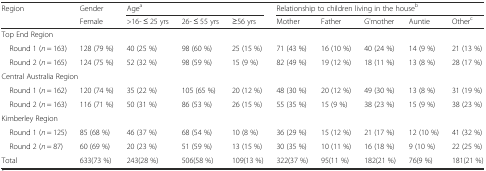
<table><thead><tr><td rowspan="2"><b>Region</b></td><td><b>Gender</b></td><td colspan="3"><b>Age<sup>a</sup></b></td><td colspan="5"><b>Relationship to children living in the house<sup>b</sup></b></td></tr><tr><td><b>Female</b></td><td><b>&gt;16- ≤ 25 yrs</b></td><td><b>26- ≤ 55 yrs</b></td><td><b>≥56 yrs</b></td><td><b>Mother</b></td><td><b>Father</b></td><td><b>G&#x27;mother</b></td><td><b>Auntie</b></td><td><b>Other<sup>c</sup></b></td></tr></thead><tbody><tr><td colspan="10">Top End Region</td></tr><tr><td> Round 1 (<i>n</i> = 163)</td><td>128 (79 %)</td><td>40 (25 %)</td><td>98 (60 %)</td><td>25 (15 %)</td><td>71 (43 %)</td><td>16 (10 %)</td><td>40 (24 %)</td><td>14 (9 %)</td><td>21 (13 %)</td></tr><tr><td> Round 2 (<i>n</i> = 165)</td><td>124 (75 %)</td><td>52 (32 %)</td><td>98 (59 %)</td><td>15 (9 %)</td><td>82 (49 %)</td><td>19 (12 %)</td><td>18 (11 %)</td><td>13 (8 %)</td><td>28 (17 %)</td></tr><tr><td colspan="10">Central Australia Region</td></tr><tr><td> Round 1 (<i>n</i> = 162)</td><td>120 (74 %)</td><td>35 (22 %)</td><td>105 (65 %)</td><td>20 (12 %)</td><td>48 (30 %)</td><td>20 (12 %)</td><td>49 (30 %)</td><td>13 (8 %)</td><td>31 (19 %)</td></tr><tr><td> Round 2 (<i>n</i> = 163)</td><td>116 (71 %)</td><td>50 (31 %)</td><td>86 (53 %)</td><td>26 (15 %)</td><td>55 (35 %)</td><td>15 (9 %)</td><td>38 (23 %)</td><td>15 (9 %)</td><td>38 (23 %)</td></tr><tr><td colspan="10">Kimberley Region</td></tr><tr><td> Round 1 (<i>n</i> = 125)</td><td>85 (68 %)</td><td>46 (37 %)</td><td>68 (54 %)</td><td>10 (8 %)</td><td>36 (29 %)</td><td>15 (12 %)</td><td>21 (17 %)</td><td>12 (10 %)</td><td>41 (32 %)</td></tr><tr><td> Round 2 (<i>n</i> = 87)</td><td>60 (69 %)</td><td>20 (23 %)</td><td>51 (59 %)</td><td>13 (15 %)</td><td>30 (35 %)</td><td>10 (11 %)</td><td>16 (18 %)</td><td>9 (10 %)</td><td>22 (25 %)</td></tr><tr><td>Total</td><td>633(73 %)</td><td>243(28 %)</td><td>506(58 %)</td><td>109(13 %)</td><td>322(37 %)</td><td>95(11 %)</td><td>182(21 %)</td><td>76(9 %)</td><td>181(21 %)</td></tr></tbody></table>